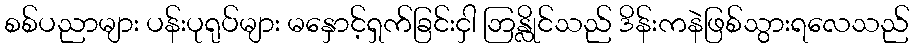
စစ်ပညာများ ပန်းပုရုပ်များ မနှောင့်ရှက်ခြင်းငှါ ဘြန္လိုင်သည် ဒိန်းကနဲဖြစ်သွားရလေသည်